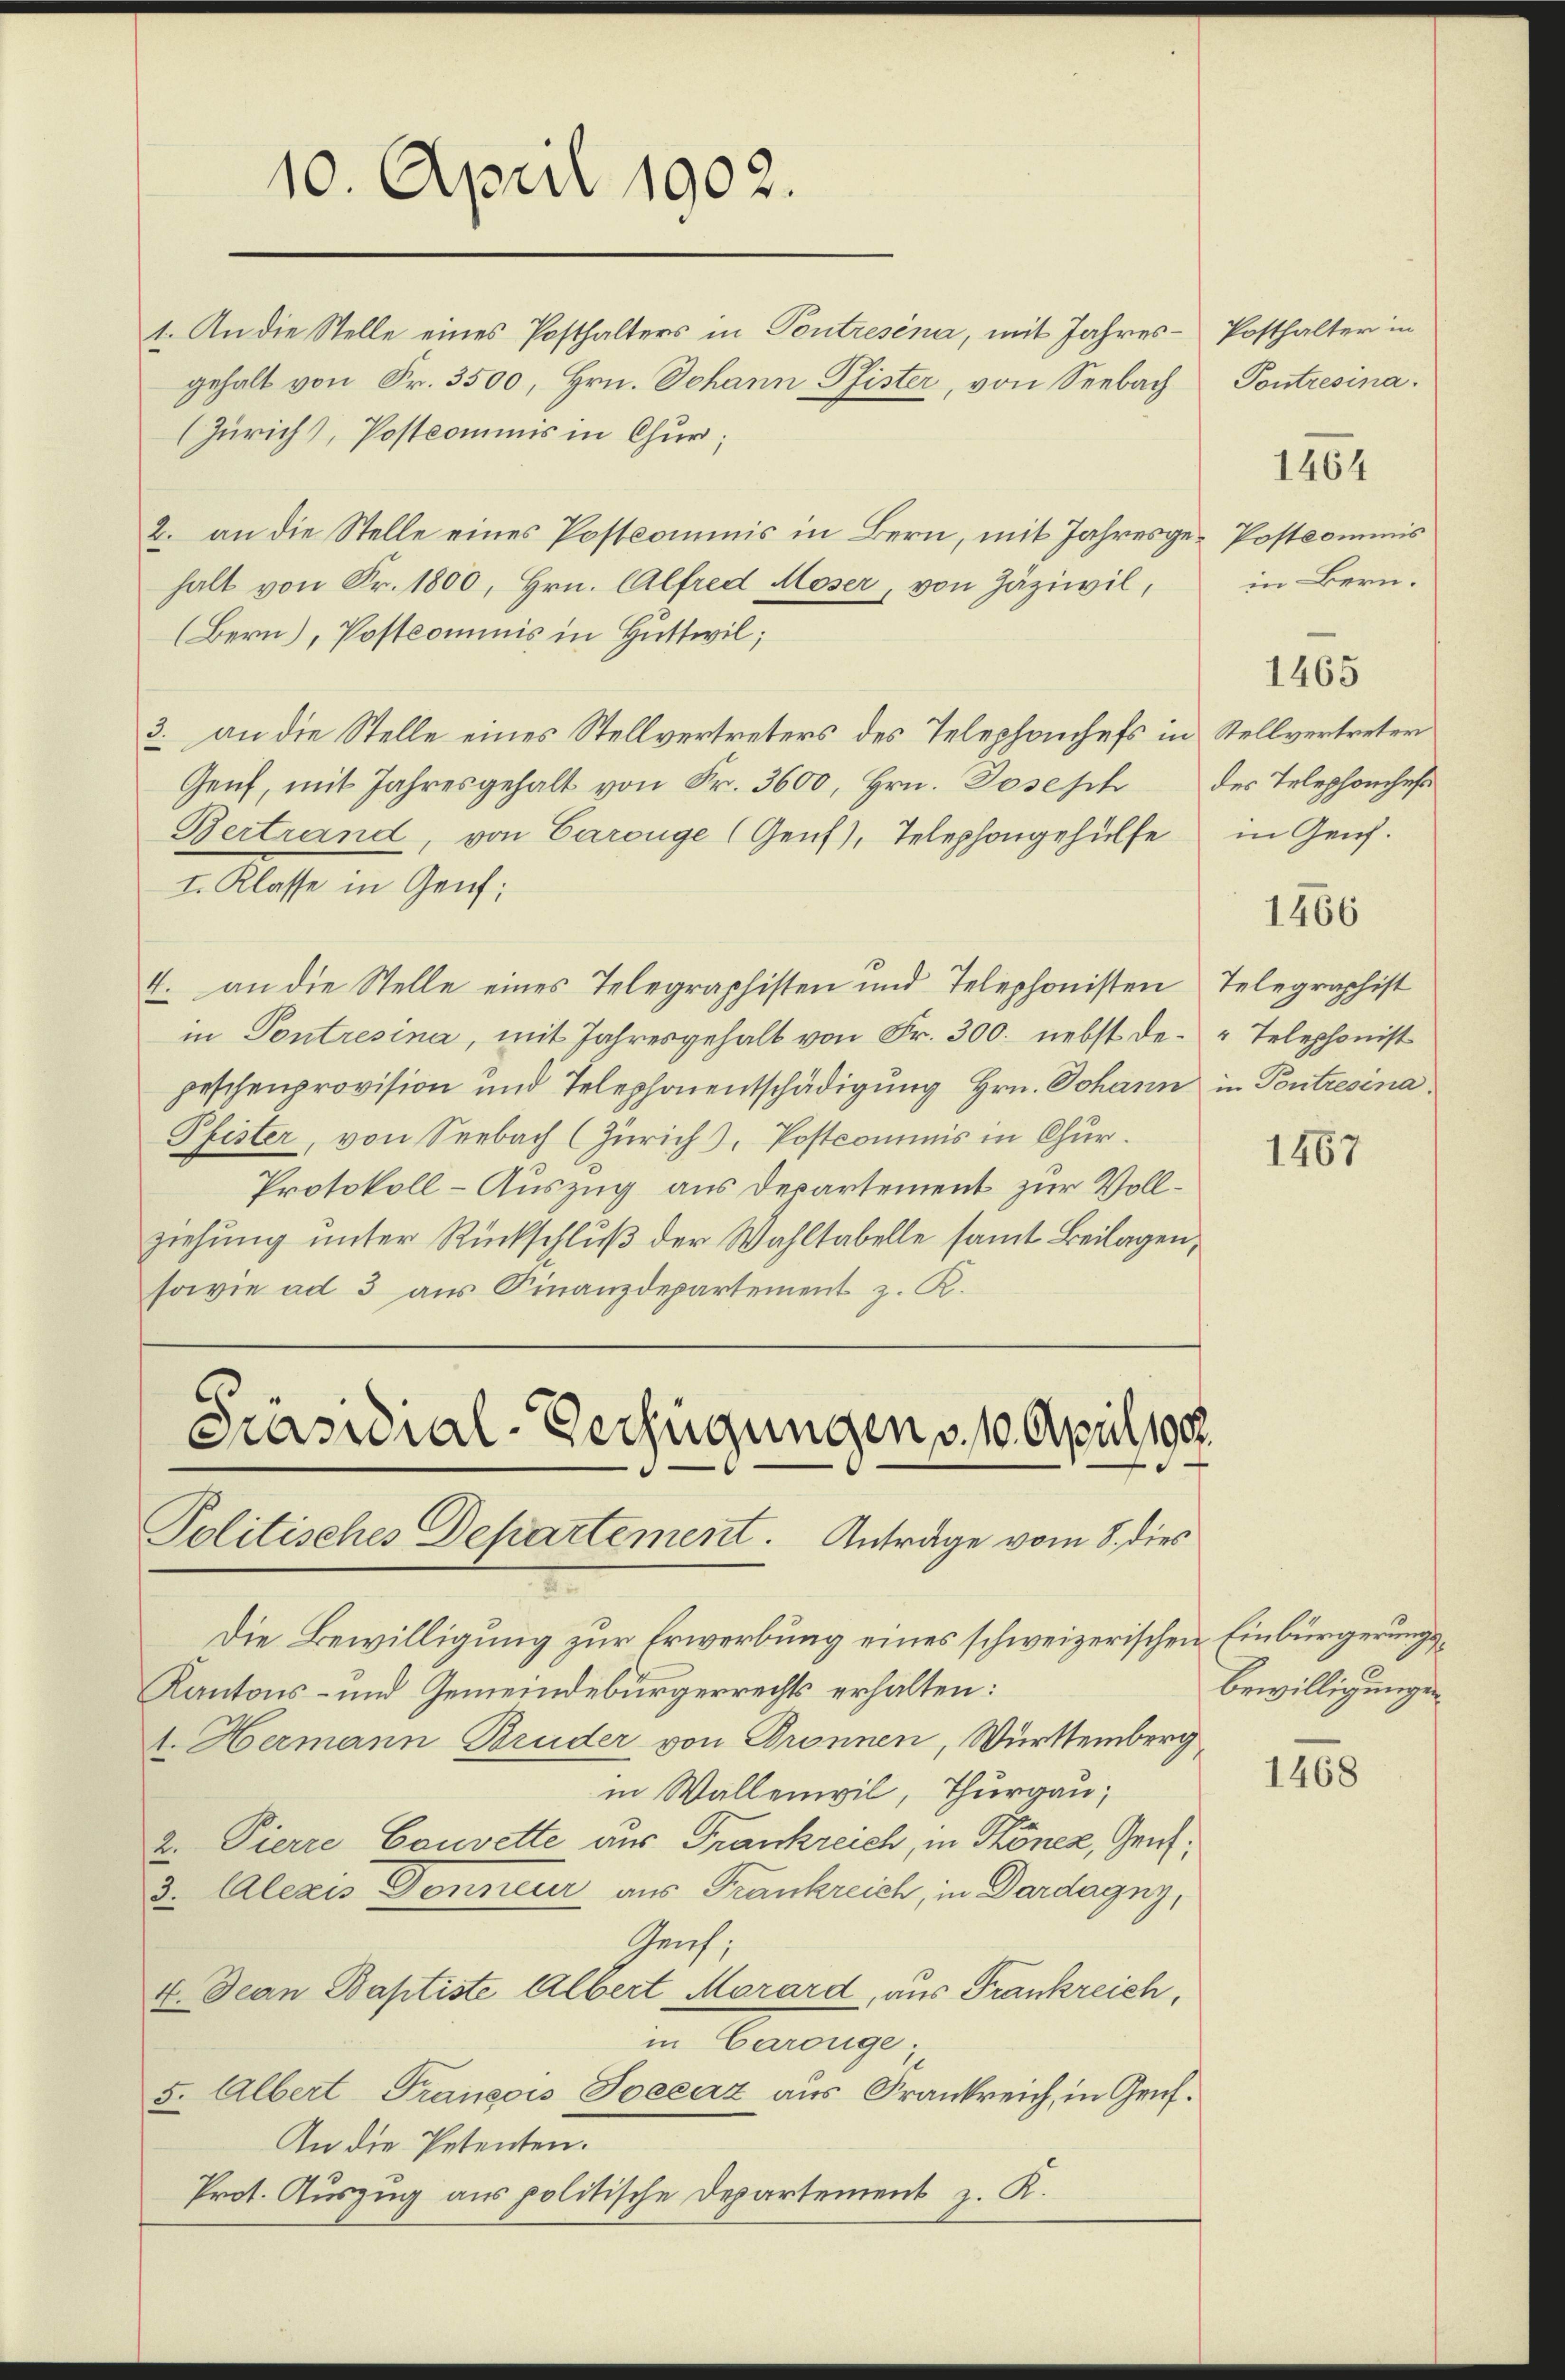
1. An die Stelle eines Posthalters in Pontresena, mit Jahres Posthalter in
gehalt von Fr. 3500, Hrn. Johann Pfister, von Seebach Pontresina.
(Zürich), Postcommis in Chur;
2. an die Stelle eines Postkommnis in Bern, mit Jahresge-Postkommnis
halt von Fr. 1800, Hrn. Alfred Moser, von Zäziwil,
(Bern), Postcommis in Huttwil;
3. an die Stelle eines Stellvertreters des Telephanchefs in Stellvertreten
Genf, mit Jahresgehalt von Fr. 3600, Hrn. Posesch des Telephonches
Bertrand, von Carouge (Genf), Telephongehülfe in Genf.
I. Klasse in Genf;
4. an die Stelle eines Telegraphisten und Telephonisten
in Pontresina, mit Jahresgehalt von Fr. 300. nebst depeschenprovision und Telephonentschädigung Hrn. Johann
Pfister, von Seebach (Zürich, Postcommis in Chur.
Protokoll-Auszug aus Departement zur Vollziehung unter Rückschluß der Wahltabelle samt Beilagen,
sowie ad 3 aus Finanzdepartement z. K.

10. April 1902.

Präsidial-Verfügungen, 10 April 190.
Politisches Departement. Anträge vom 8. dies

e
Die Bewilligung zur Erwerbung eines schweizerischen Einbürgerungs¬
Kantons- und Gemeindebürgerrechts erhalten:
1. Hermann Bruder von Dronnen, Württemberg
in Wallenwil, Thurgau,
2. Pierre Couvette aus Frankreich, in Tönez, Genz¬
3. Calezis Donneur aus Frankreich, in Dardagny,
Graf,
4. Jean Baptiste Albert Morard, aus Frankreich,
in Carouge;
5. Albert François Soecaz aus Frankreich, in Genf.
An die Petenten.
Prot. Auszug aus politische Departement z. K.

1464

in Bern.

1465

1466

Telegraphist
" Telephonist
in Pontresina.

1467

Bewilligungen

1468